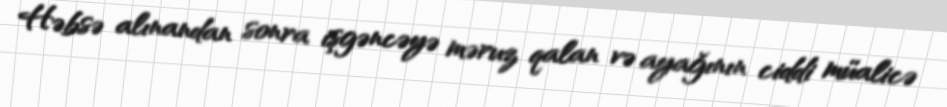
Həbsə alınandan sonra işgəncəyə məruz qalan və ayağının ciddi müalicə